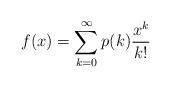
LaTeX: \begin{align*}f(x)=\sum_{k=0}^{\infty} p(k) \frac{x^k}{k!}\end{align*}